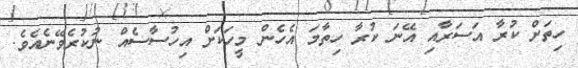
ހިތަށް ކުރާ އަސަރާއި އޭނަ ކުރާ ހިތާމަ އެހެން މީހަކަށް އިހުސާސެއް ނުކުރެވޭނެއެވެ.